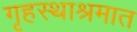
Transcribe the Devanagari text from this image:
गृहस्थाश्रमात